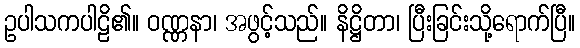
ဥပါသကပါဠိ၏။ ဝဏ္ဏနာ၊ အဖွင့်သည်။ နိဋ္ဌိတာ၊ ပြီးခြင်းသို့ရောက်ပြီ။